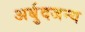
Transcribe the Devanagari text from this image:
अर्बुदजन्य